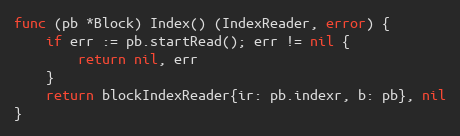
Language: Go
func (pb *Block) Index() (IndexReader, error) {
	if err := pb.startRead(); err != nil {
		return nil, err
	}
	return blockIndexReader{ir: pb.indexr, b: pb}, nil
}